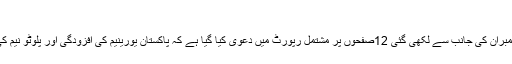
06 ستمبر 2018 - 13:06
تسنیم خبررساں ادارے کی رپورٹ کے مطابق، فیڈریشن آف امریکن سائنٹسٹس کے ممبران کی جانب سے لکھی گئی 12صفحوں پر مشتمل رپورٹ میں دعوی کیا گیا ہے کہ پاکستان یورینیم کی افزودگی اور پلوٹو نیم کی پیداواری صلاحیتوں میں توسیع اور ڈلیوری کا نظام وضع کرنے میں مصروف ہے۔